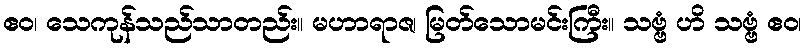
ဧဝ၊ သေကုန်သည်သာတည်း။ မဟာရာဇ၊ မြတ်သောမင်းကြီး။ သဗ္ဗံ ဟိ သဗ္ဗံ ဧဝ၊